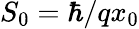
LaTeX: S_{0}=\hbar/qx_{0}